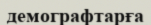
демографтарға